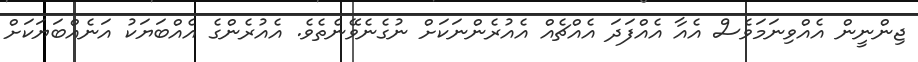
ޖިންނީން އެއްވިނަމަވެސް އެއާ އެއްފަދަ އެއްޗެއް އެއުރެންނަކަށް ނުގެނެވޭނެތެވެ. އެއުރެންގެ އެއްބަޔަކު އަނެއްބަޔަކަށް